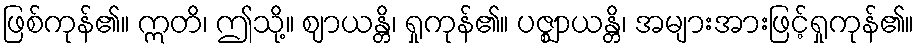
ဖြစ်ကုန်၏။ ဣတိ၊ ဤသို့။ ဈာယန္တိ၊ ရှုကုန်၏။ ပဇ္ဈာယန္တိ၊ အများအားဖြင့်ရှုကုန်၏။